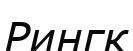
Рингк